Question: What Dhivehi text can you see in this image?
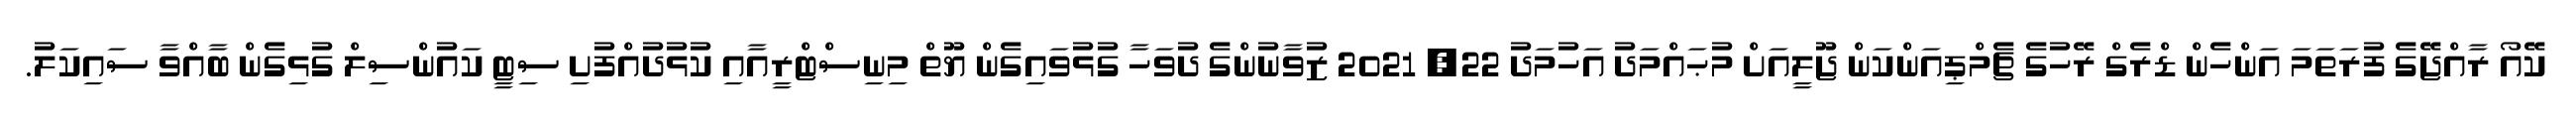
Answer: ކޭއޯ ރާއްޖޭގެ ފުރަތަމަ އަންހެން ޑްރެގް ރޭހުގެ ޗެމްޕިއަންކަން ޖޫލީއަށް މުޙައްމަދު އަހުމަދު 22, 2021 ޒުވާނުންގެ ދުވަހާ ގުޅުވައިގެން ޔޫތް މިނިސްޓްރީއާއި ކުޅުދުއްފުށި ސިޓީ ކައުންސިލް ގުޅިގެން ބާއްވާ ސައިކަލު.